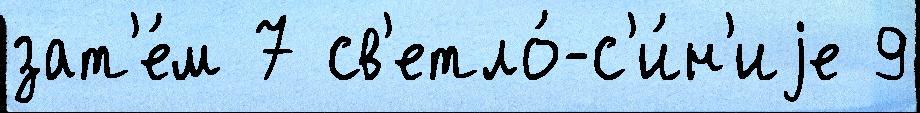
зат'е́м 7 св'етло́-с'и́н'иjе 9